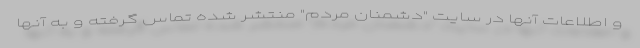
و اطلاعات آنها در سایت "دشمنان مردم" منتشر شده تماس گرفته و به آنها